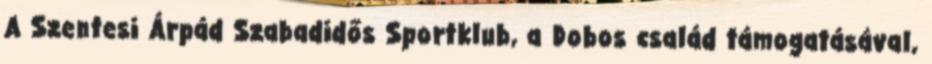
A Szentesi Árpád Szabadidős Sportklub, a Dobos család támogatásával,